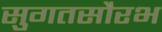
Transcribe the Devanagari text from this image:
सुगतसौरभ